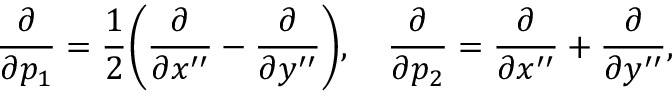
{ \frac { \partial } { \partial p _ { 1 } } } = { \frac { 1 } { 2 } } \biggl ( { \frac { \partial } { \partial x ^ { \prime \prime } } } - { \frac { \partial } { \partial y ^ { \prime \prime } } } \biggr ) , \quad { \frac { \partial } { \partial p _ { 2 } } } = { \frac { \partial } { \partial x ^ { \prime \prime } } } + { \frac { \partial } { \partial y ^ { \prime \prime } } } ,